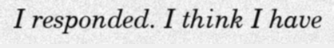
I responded. I think I have